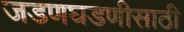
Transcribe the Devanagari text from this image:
जडणघडणीसाठी